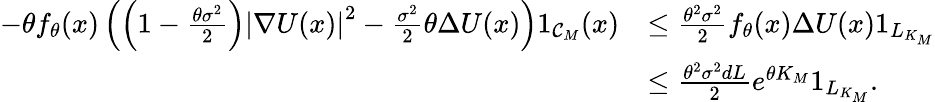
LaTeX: \begin{array}{rl}{-\theta f_{\theta}(x)\left(\left(1-\frac{\theta\sigma^{2}}{2}\right)\left|\nabla U(x)\right|^{2}-\frac{\sigma^{2}}{2}\theta\Delta U(x)\right)1_{{\cal C}_{M}}(x)}&{\le\frac{\theta^{2}\sigma^{2}}{2}f_{\theta}(x)\Delta U(x)1_{L_{K_{M}}}}\\ &{\le\frac{\theta^{2}\sigma^{2}dL}{2}e^{\theta K_{M}}1_{L_{K_{M}}}.}\end{array}